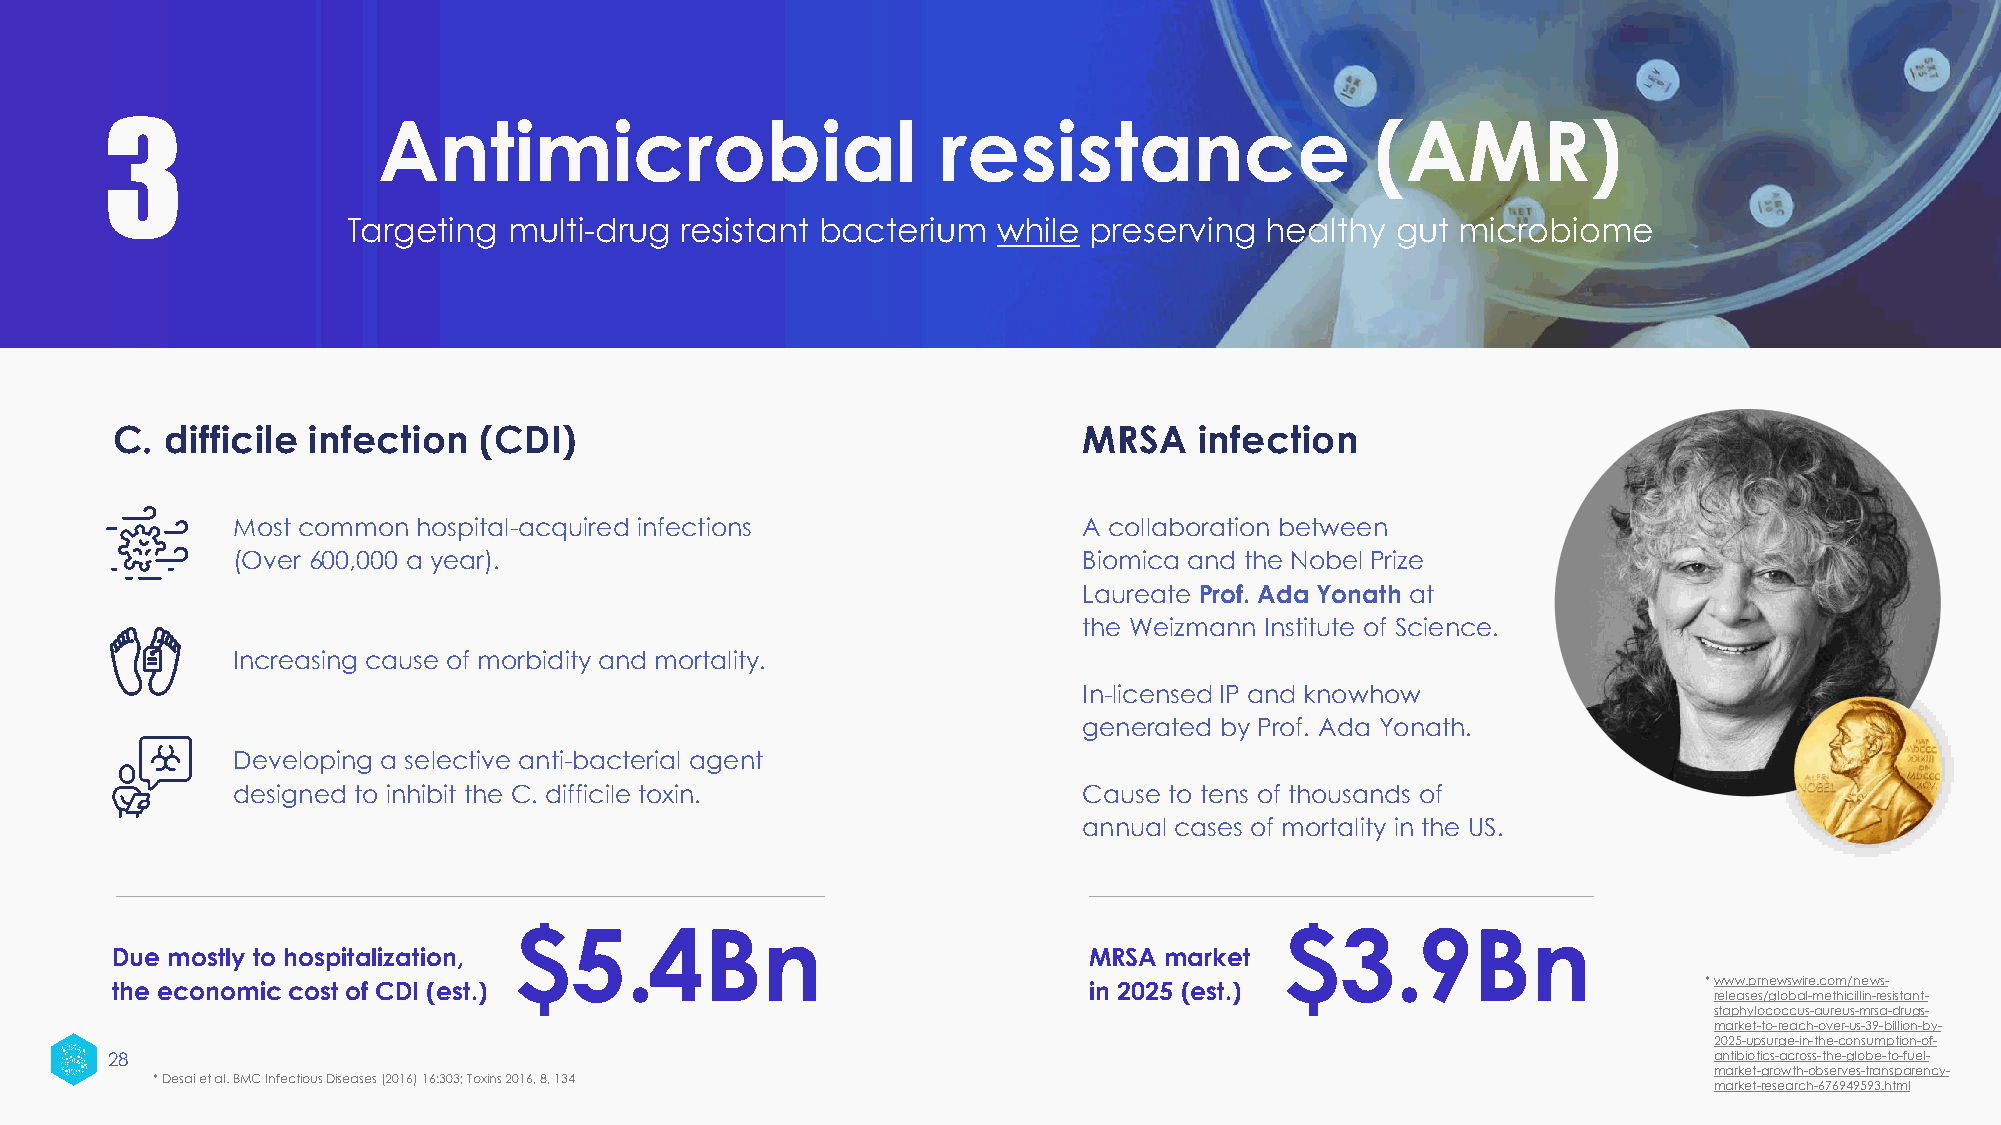
3
 Antimicrobial                        resistance                   (AMR)
 Targeting  multi-drug resistant bacterium  while preserving  healthy gut  microbiome
 C.  difficile infection  (CDI)                                   MRSA   infection
 Most common  hospital-acquired infections                A collaboration between
 (Over 600,000 a year).                                   Biomica and the Nobel Prize
 Laureate Prof. Ada Yonath at
 the Weizmann Institute of Science.
 Increasing cause of morbidity and mortality.
 In-licensed IP and knowhow
 generated by Prof. Ada Yonath.
 Developing a selective anti-bacterial agent
 designed to inhibit the C. difficile toxin.              Cause to tens of thousands of
 annual cases of mortality in the US.
 $5.4Bn                                             $3.9Bn
 Due mostly to hospitalization,                                   MRSA market
 the economic cost of CDI (est.)                                  in 2025 (est.)                           *www.prnewswire.com/news-
 releases/global-methicillin-resistant-
 staphylococcus-aureus-mrsa-drugs-
 market-to-reach-over-us-39-billion-by-
 2025-upsurge-in-the-consumption-of-
 28                                                                                                        antibiotics-across-the-globe-to-fuel-
 market-growth-observes-transparency-
 * Desai et al. BMC Infectious Diseases (2016) 16:303; Toxins 2016, 8, 134
 market-research-676949593.html